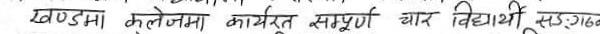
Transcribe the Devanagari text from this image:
खण्डमा कलेजमा कार्यरत सम्पूर्ण चार विद्यार्थी सडगठन